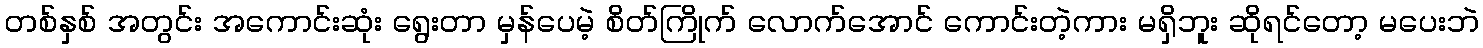
တစ်နှစ် အတွင်း အကောင်းဆုံး ရွေးတာ မှန်ပေမဲ့ စိတ်ကြိုက် လောက်အောင် ကောင်းတဲ့ကား မရှိဘူး ဆိုရင်တော့ မပေးဘဲ